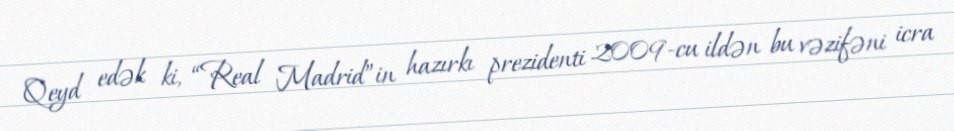
Qeyd edək ki, “Real Madrid”in hazırkı prezidenti 2009-cu ildən bu vəzifəni icra